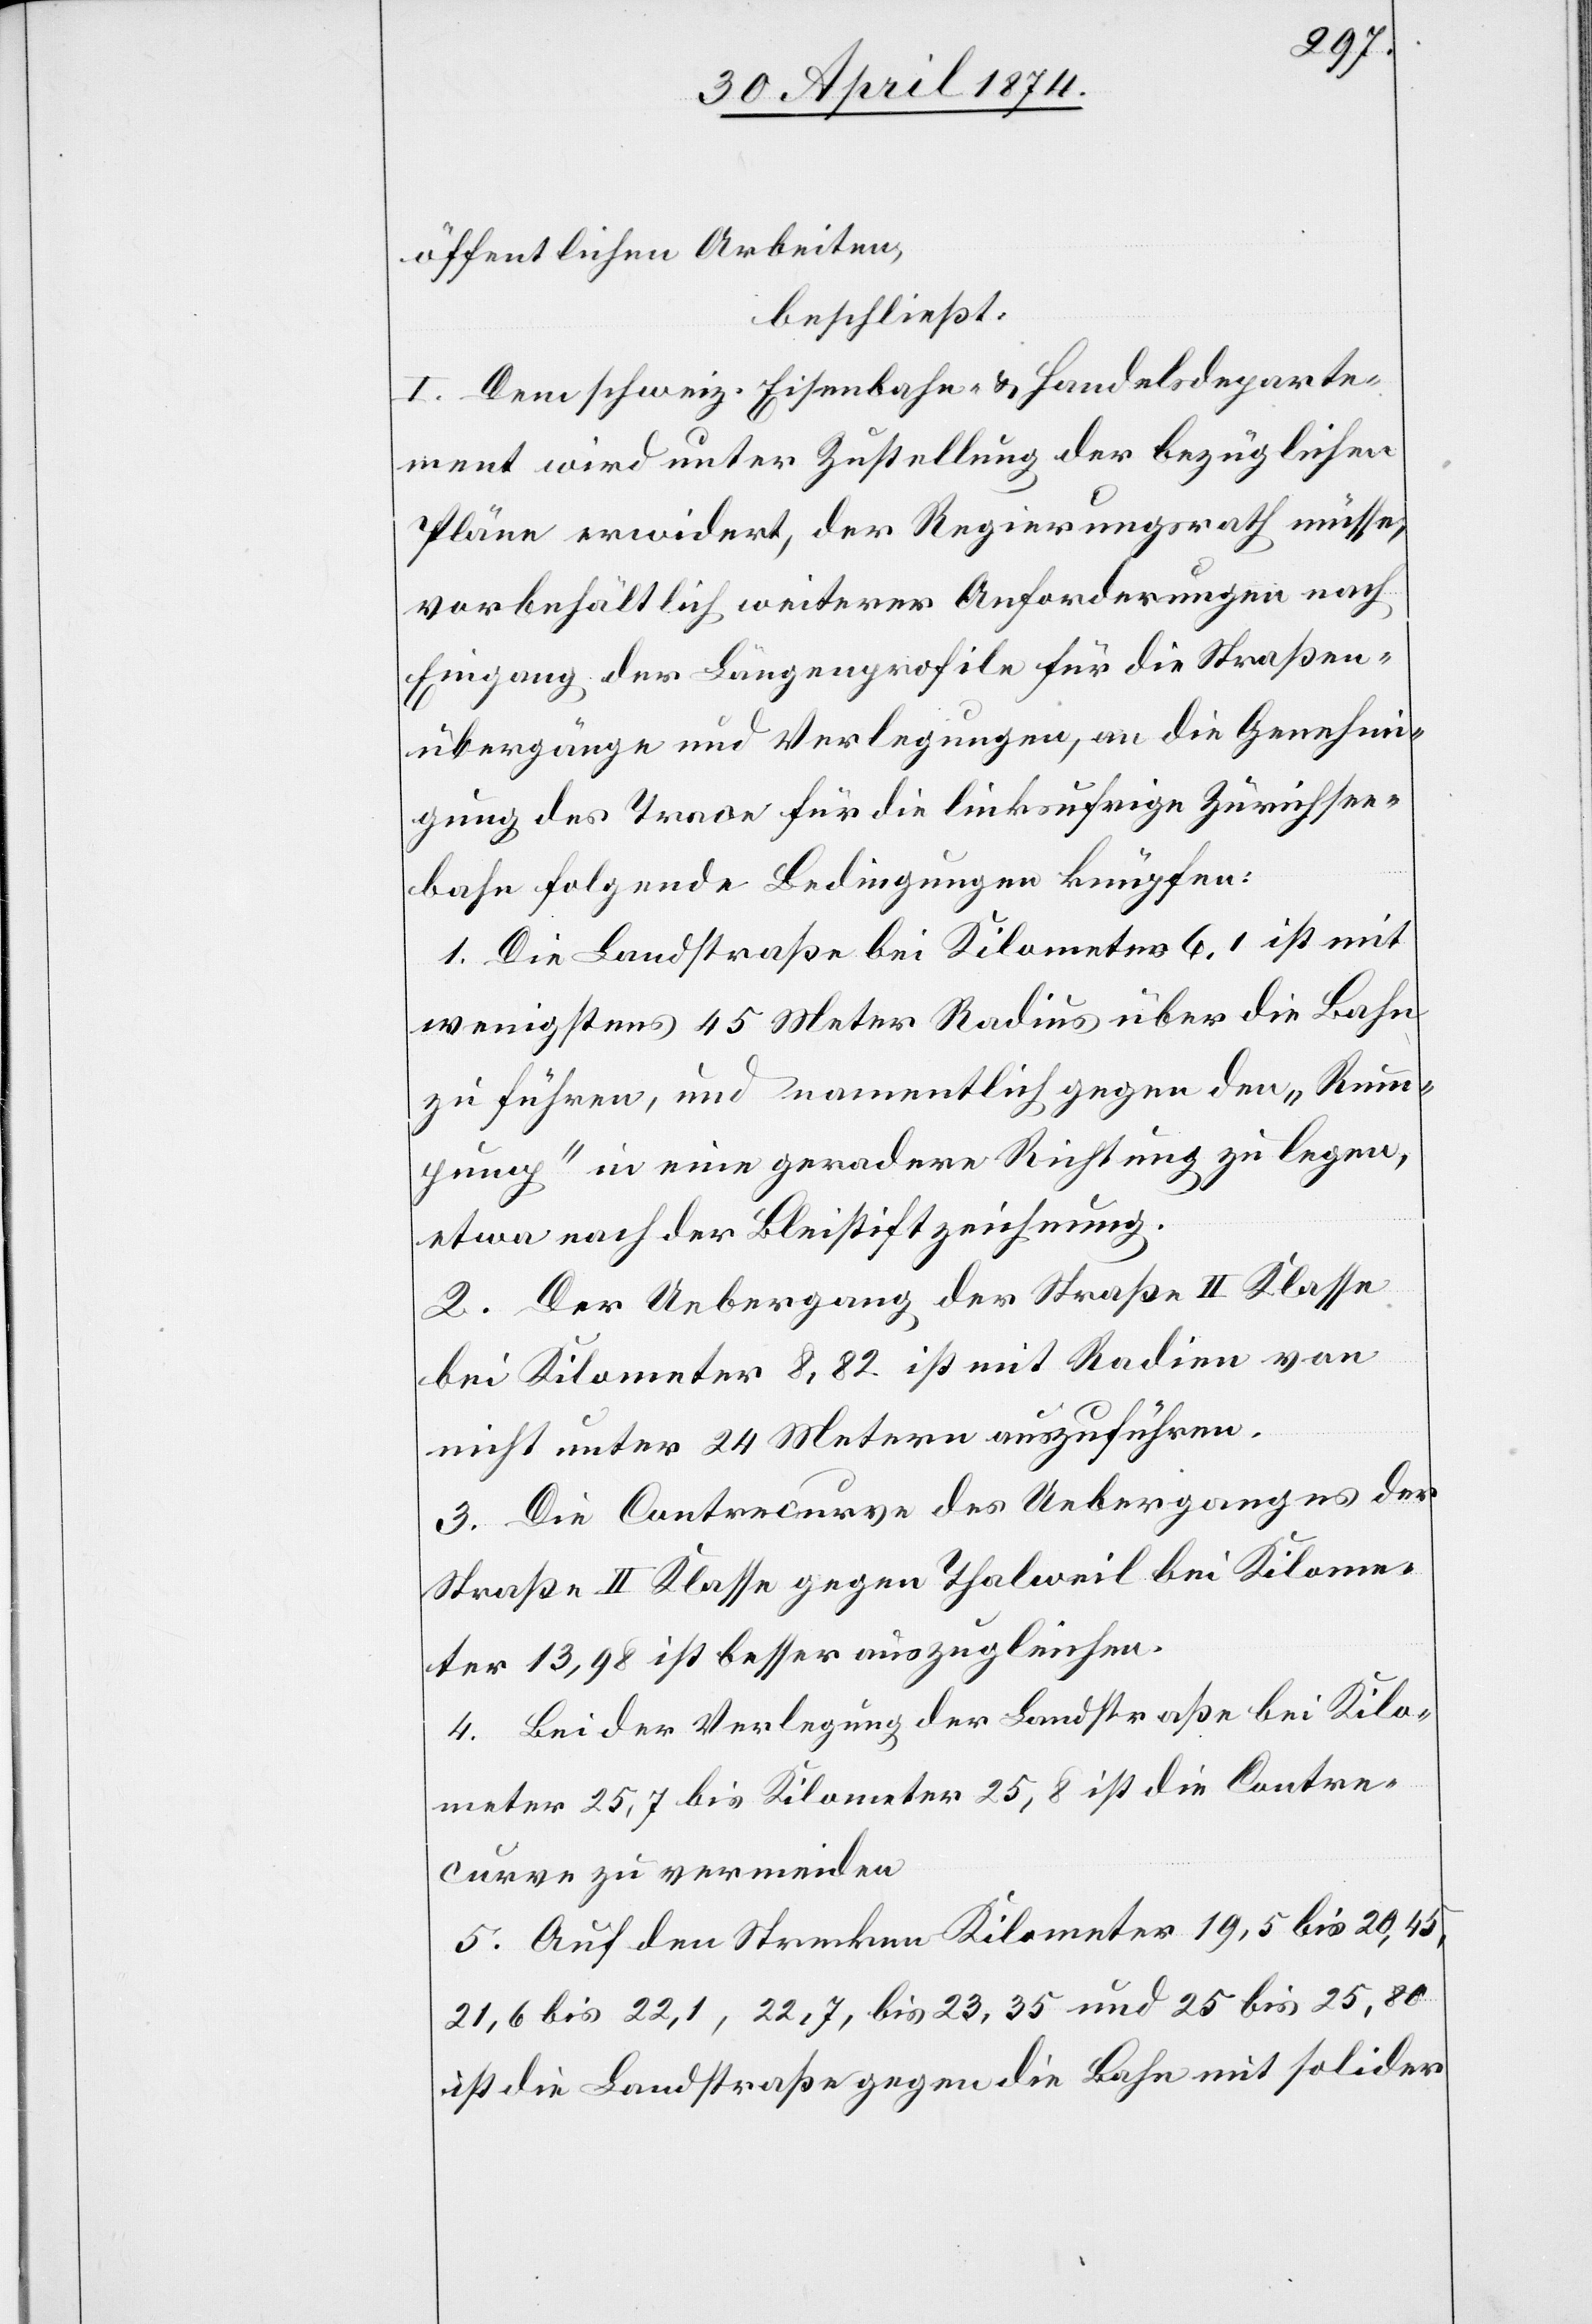
öffentlichen Arbeiten,
beschließt:
I. Dem schweiz. Eisenbahn- u. Handelsdeparte¬
ment wird unter Zustellung der bezüglichen
Pläne erwidert, der Regierungsrath müsse,
vorbehältlich weiterer Anforderungen nach
Eingang der Längenprofile für die Straßen¬
übergänge und Verlegungen, an die Genehmi¬
gung des Trace für die linksufrige Zürichsee¬
bahn folgende Bedingungen knüpfen:
1. Die Landstraße bei Kilometer 6.1 ist mit
wenigstens 45 Meter Radius über die Bahn
zu führen, und namentlich gegen den „Rum¬
pump“ in eine geradere Richtung zu legen,
etwa nach der Bleistiftzeichnung.
2. Der Uebergang der Straße II. Klasse
bei Kilometer 8,82 ist mit Radien von
nicht unter 24 Metern auszuführen.
3. Die Contrecurve des Ueberganges der
Straße II. Klasse gegen Thalweil bei Kilome¬
ter 13,98 ist besser auszugleichen.
4. Bei der Verlegung der Landstraße bei Kilo¬
meter 25,7 bis Kilometer 25,8 ist die Contre¬
curve zu vermeiden.
5. Auf den Strecken Kilometer 19,5 bis 20,45,
21,6 bis 22,1, 22,7, bis 23,35 und 25 bis 25,80
ist die Landstraße gegen die Bahn mit solider